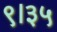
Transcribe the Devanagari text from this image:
९।३५